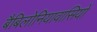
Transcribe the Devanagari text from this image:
बैबिलोनियावासियों